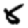
Digit: 8